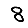
Digit: 8